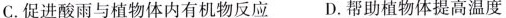
C.促进酸雨与植物体内有机反应 D.帮助植物体提高温度